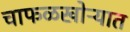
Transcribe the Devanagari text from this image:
चाफळखोऱ्यात